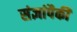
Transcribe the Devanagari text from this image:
संज्ञांपैकी